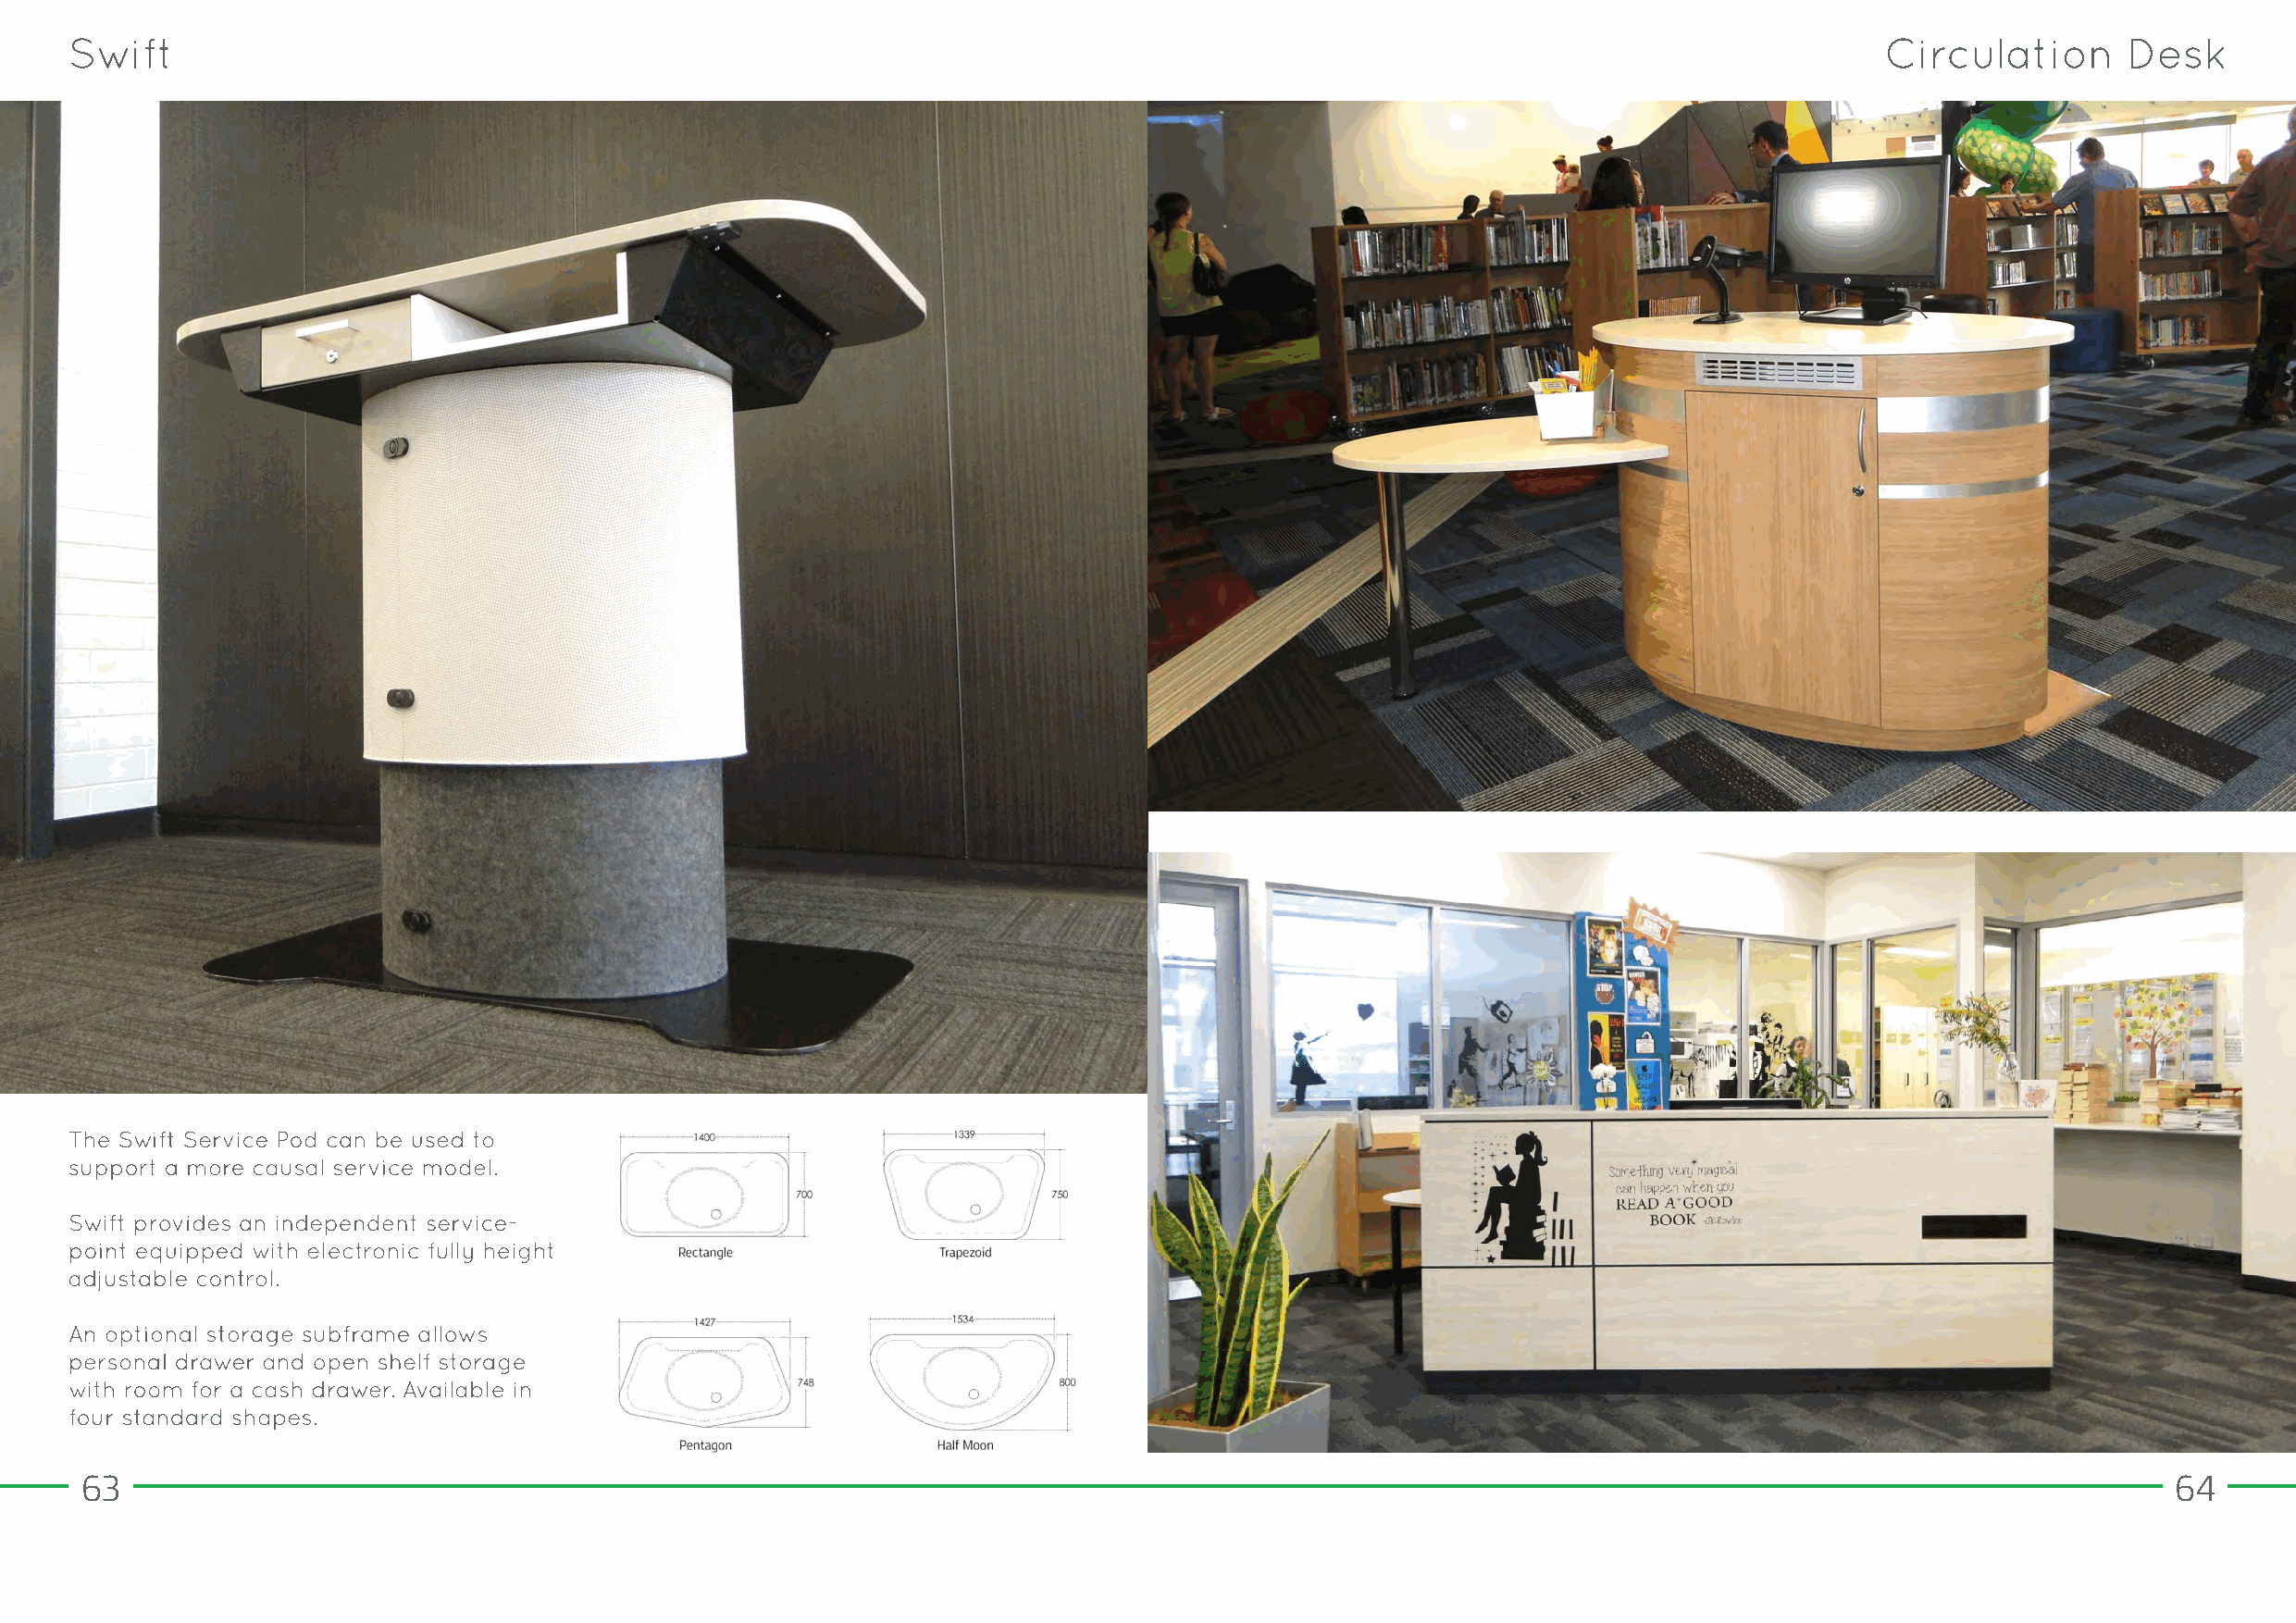
63                                                                                                                                                    64